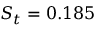
S _ { t } = 0 . 1 8 5